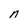
Character: n